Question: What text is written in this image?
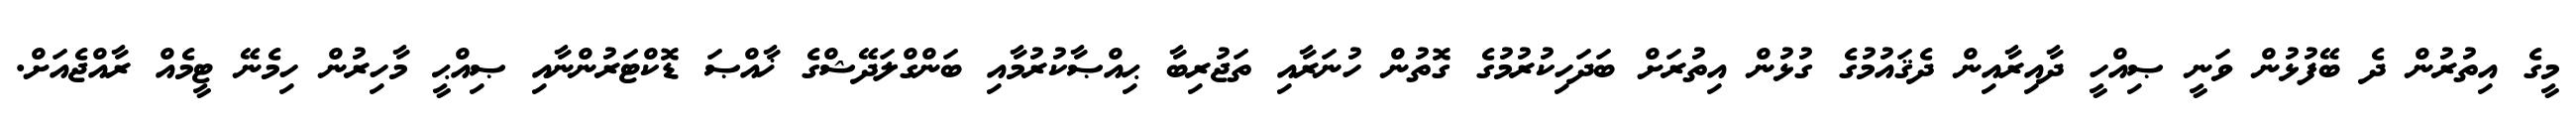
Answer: މީގެ އިތުރުން ދެ ބޭފުޅުން ވަނީ ޞިއްހީ ދާއިރާއިން ދެޤައުމުގެ ގުޅުން އިތުރަށް ބަދަހިކުރުމުގެ ގޮތުން ހުނަރާއި ތަޖުރިބާ ޙިއްޞާކުރުމާއި ބަންގްލަދޭޝްގެ ޚާއްޞަ ޑޮކްޓަރުންނާއި ޞިއްޙީ މާހިރުން ހިމެނޭ ޓީމެއް ރާއްޖެއަށް.